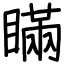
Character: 瞞